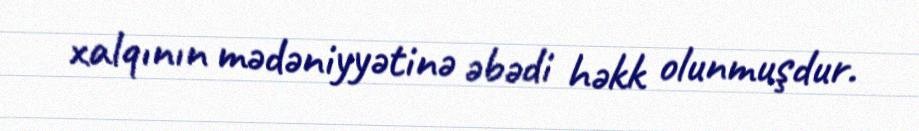
xalqının mədəniyyətinə əbədi həkk olunmuşdur.